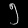
Digit: ၅